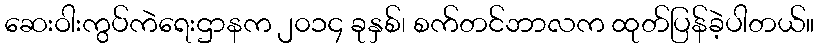
ဆေးဝါးကွပ်ကဲရေးဌာနက ၂၀၁၄ ခုနှစ်၊ စက်တင်ဘာလက ထုတ်ပြန်ခဲ့ပါတယ်။